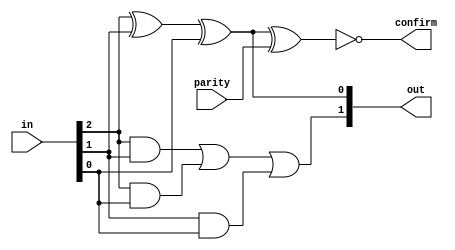
module EParityCheck4 (
    input[2:0] in,
    input parity,
    output[1:0] out,
    output confirm
);
    // full-add logic circuit
    assign out[0] = in[2] ^ in[1] ^ in[0];
    assign out[1] = (in[2] & in[1]) | (in[2] & in[0]) | (in[1] & in[0]);

    // confirm
    assign confirm = ~(out[0] ^ parity);

endmodule